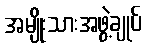
အမျိုးသားအဖွဲ့ချုပ်